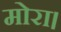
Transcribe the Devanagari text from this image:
मोरा।